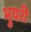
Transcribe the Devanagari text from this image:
भुयरी